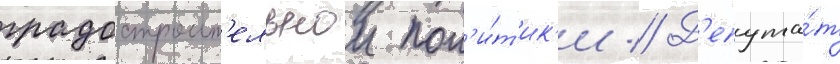
градостроит'ельнои пол'и́т'ик'и // Д'епута́т